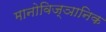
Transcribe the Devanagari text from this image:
मानोविज्ञानिक